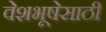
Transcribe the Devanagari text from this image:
वेशभूषेसाठी